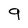
Character: 9